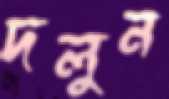
দলুন